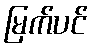
မြက်ပင်